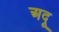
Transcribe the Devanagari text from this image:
अदू